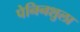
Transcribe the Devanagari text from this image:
पेनिनशुला